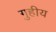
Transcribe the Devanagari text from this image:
गुहीय